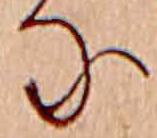
な